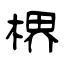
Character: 楐